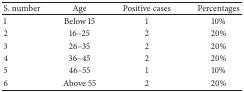
<table><thead><tr><td><b>S. number</b></td><td><b>Age</b></td><td><b>Positive cases </b></td><td><b>Percentages</b></td></tr></thead><tbody><tr><td>1</td><td>Below 15</td><td>1</td><td>10%</td></tr><tr><td>2</td><td>16–25</td><td>2</td><td>20%</td></tr><tr><td>3</td><td>26–35</td><td>2</td><td>20%</td></tr><tr><td>4</td><td>36–45</td><td>2</td><td>20%</td></tr><tr><td>5</td><td>46–55</td><td>1</td><td>10%</td></tr><tr><td>6</td><td>Above 55</td><td>2</td><td>20%</td></tr></tbody></table>